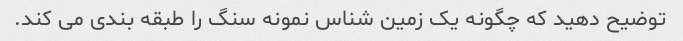
توضیح دهید که چگونه یک زمین شناس نمونه سنگ را طبقه بندی می کند.